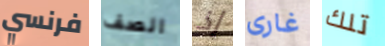
فرنسي الصف إذ غارى تلك